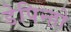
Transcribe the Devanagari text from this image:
डेपिन्हो